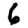
Digit: 6